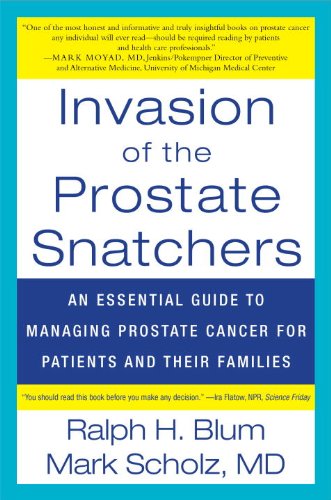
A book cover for Invasion of the Prostate Snatchers: An Essential Guide to Managing Prostate Cancer for Patients and their Families; Ralph Blum; Health, Fitness & Dieting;